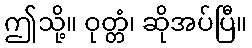
ဤသို့။ ဝုတ္တံ၊ ဆိုအပ်ပြီ။